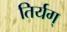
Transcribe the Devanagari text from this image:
तिर्यग्